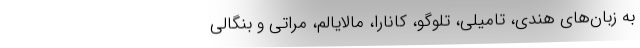
به زبان‌های هندی، تامیلی، تلوگو، کانارا، مالایالم، مراتی و بنگالی